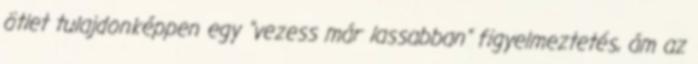
ötlet tulajdonképpen egy "vezess már lassabban" figyelmeztetés, ám az